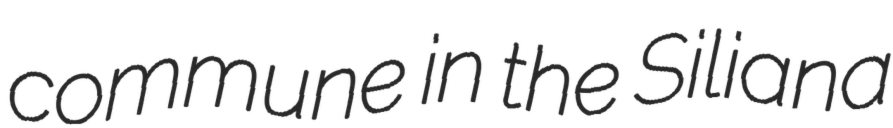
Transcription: commune in the Siliana